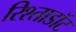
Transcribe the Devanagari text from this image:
रिश्ताडॉट